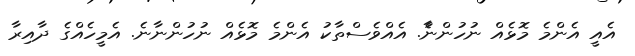
އެއީ އެންމެ މޮޅެއް ނުހުންނާެ. އެއްވެސްތާކު އެންމެ މޮޅެއް ނުހުންނާނެ. އެމީހެއްގެ ދާއިރާ